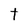
Character: t